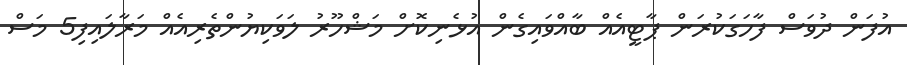
އުފަން ދުވަސް ފާހަގަކުރަން ޕާޓީއެއް ބާއްވައިގެން އުޅެނިކޮށް މަޝްހޫރު ލަވަކިޔުންތެރިއެއް މަރާލައިފި5 މަސް